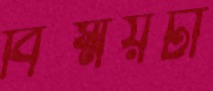
বিস্ময়টা